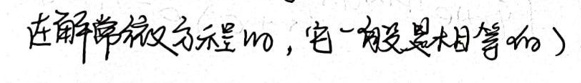
在解常微分方程时，它一般是不相等的）